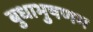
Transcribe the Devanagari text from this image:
बुधाभुषणम